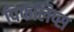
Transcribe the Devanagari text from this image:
पिफलिप्स